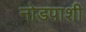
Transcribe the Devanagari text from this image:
नोडपाशी